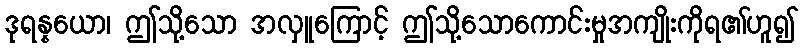
ဒုရန္နယော၊ ဤသို့သော အလှူကြောင့် ဤသို့သောကောင်းမှုအကျိုးကိုရ၏ဟူ၍